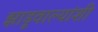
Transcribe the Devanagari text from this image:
झाडूवाल्यांशी